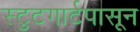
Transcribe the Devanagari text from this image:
स्टुटगार्टपासून